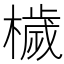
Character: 檅